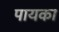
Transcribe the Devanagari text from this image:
पायका